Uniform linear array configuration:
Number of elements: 12
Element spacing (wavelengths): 0.25
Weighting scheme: uniform
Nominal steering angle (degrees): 45
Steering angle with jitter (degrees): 43.765
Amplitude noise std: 0.05
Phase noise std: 0.05

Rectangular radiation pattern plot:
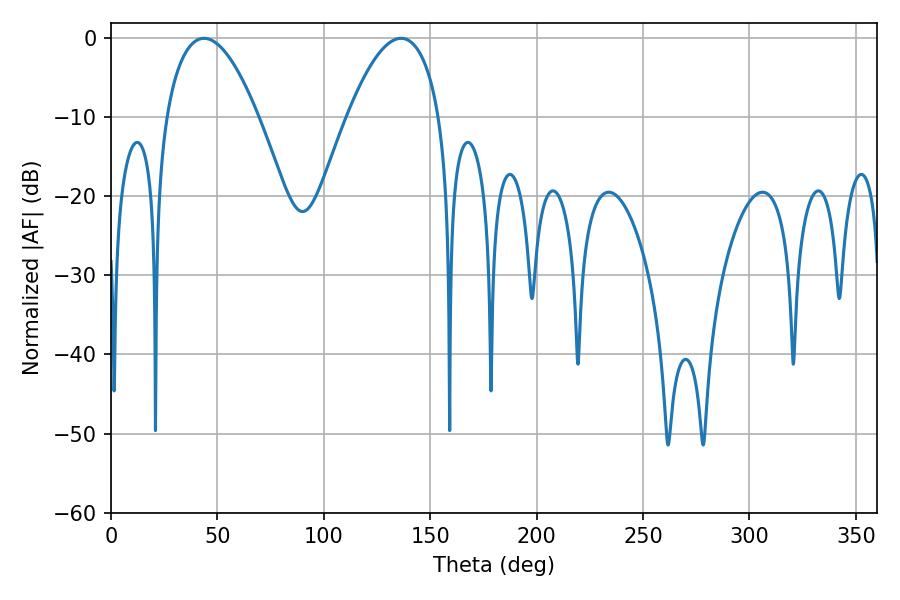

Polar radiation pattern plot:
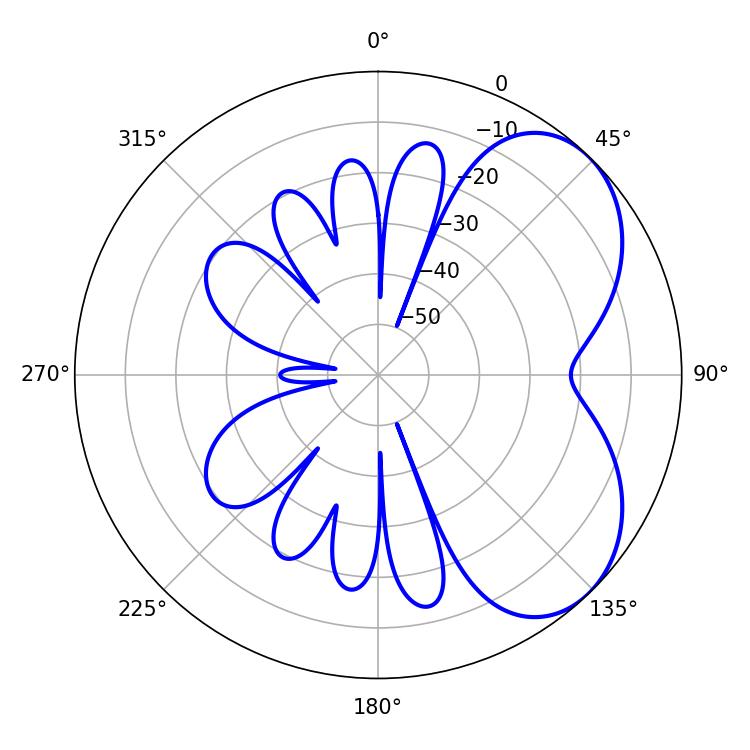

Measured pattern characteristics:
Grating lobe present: FALSE
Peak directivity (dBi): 5.015
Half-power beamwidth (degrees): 23.94
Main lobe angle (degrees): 43.74